Calcutta medical institutions reports 1879-81 [i.e.91]
Year: 1879
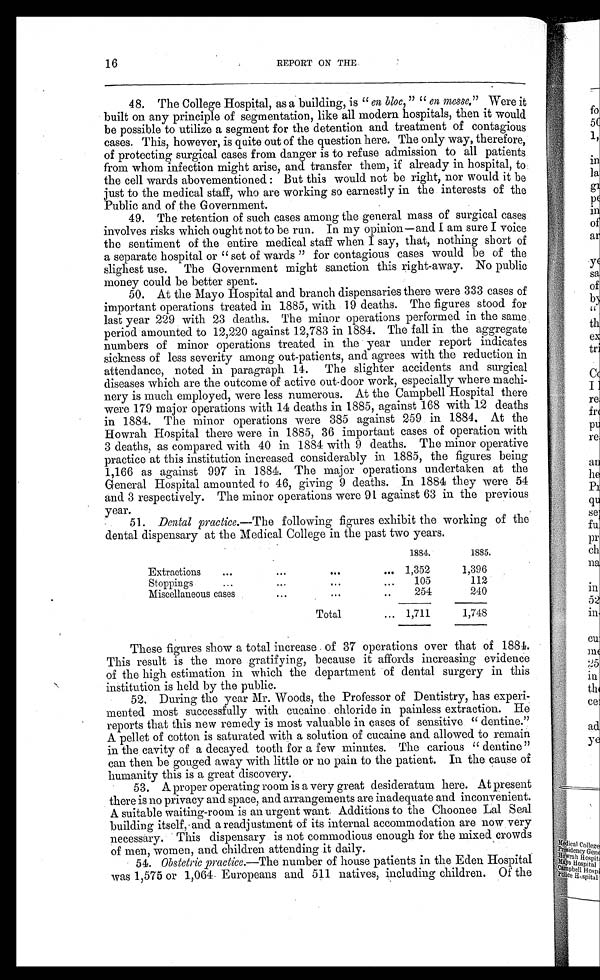
16
REPORT ON THE
48.
The College Hospital, as a building, is " en bloc," "en messe." Were it
built on any principle of segmentation, like all modern hospitals, then it would
be possible to utilize a segment for the detention and treatment of contagious
cases. This, however, is quite out of the question here. The only way, therefore,
of protecting surgical cases from danger is to refuse admission to all patients
from whom infection might arise, and transfer them, if already in hospital, to
the cell wards abovementioned: But this would not be right, nor would it be
just to the medical staff, who are working so earnestly in the interests of the
Public and of the Government.
49. The retention of such cases among the general mass of surgical cases
involves risks which ought not to be run. In my opinion—and I am sure I voice
the sentiment of the entire medical staff when I say, that, nothing short of
a separate hospital or "set of wards" for contagious cases would be of the
slighest use. The Government might sanction this right-away. No public
money could be better spent.
50. At the Mayo Hospital and branch dispensaries there were 333 cases of
important operations treated in 1885, with 19 deaths. The figures stood for
last year 229 with 23 deaths. The minor operations performed in the same
period amounted to 12,220 against 12,783 in 1884. The fall in the aggregate
numbers of minor operations treated in the year under report indicates
sickness of less severity among out-patients, and agrees with the reduction in
attendance, noted in paragraph 14. The slighter accidents and surgical
diseases which are the outcome of active out-door work, especially where machi-
nery is much employed, were less numerous. At the Campbell Hospital there
were 179 major operations with 14 deaths in 1885, against 168 with 12 deaths
in 1884. The minor operations were 385 against 259 in 1884. At the
Howrah Hospital there were in 1885, 36 important cases of operation with
3 deaths, as compared with 40 in 1884 with 9 deaths. The minor operative
practice at this institution increased considerably in 1885, the figures being
1,166 as against 997 in 1884. The major operations undertaken at the
General Hospital amounted to 46, giving 9 deaths. In 1884 they were 54
and 3 respectively. The minor operations were 91 against 63 in the previous
year.
51. Dental practice.— The following figures exhibit the working of the
dental dispensary at the Medical College in the past two years.
1884.
1885.
Extractions
1,352
1,396
Stoppings
105
112
Miscellaneous cases
254
240
Total
1,711
1,748
These figures show a total increase of 37 operations over that of 1884.
This result is the more gratifying, because it affords increasing evidence
of the high estimation in which the department of dental surgery in this
institution is held by the public.
52. During the year Mr. Woods, the Professor of Dentistry, has experi-
mented most successfully with cucaine chloride in painless extraction. He
reports that this new remedy is most valuable in cases of sensitive "dentine."
A pellet of cotton is saturated with a solution of cucaine and allowed to remain
in the cavity of a decayed. tooth for a few minutes. The carious "dentine"
can then be gouged away with little or no pain to the patient. In the cause of
humanity this is a great discovery.
53. A proper operating room is a very great desideratum here. At present
there is no privacy and space, and arrangements are inadequate and inconvenient.
A suitable waiting-room is an urgent want. Additions to the Choonee Lal Seal
building itself, and a readjustment of its internal accommodation are now very
necessary. This dispensary is not commodious enough for the mixed crowds
of men, women, and children attending it daily.
54. Obstetric practice .—The number of house patients in the Eden Hospital
was 1,575 or 1,064 Europeans and 511 natives, including children. Of the